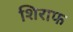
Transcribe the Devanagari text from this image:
शिराफ